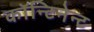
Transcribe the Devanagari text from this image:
कॉन्टिनेन्ट